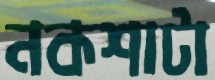
নকশাটা